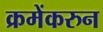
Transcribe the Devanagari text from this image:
क्रमेंकरुन